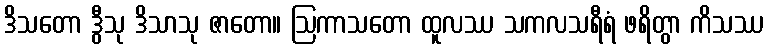
ဒိသတော ဒွီသု ဒိသာသု ဇာတော။ ဩကာသတော ထူလဿ သကလသရီရံ ဖရိတွာ ကိသဿ